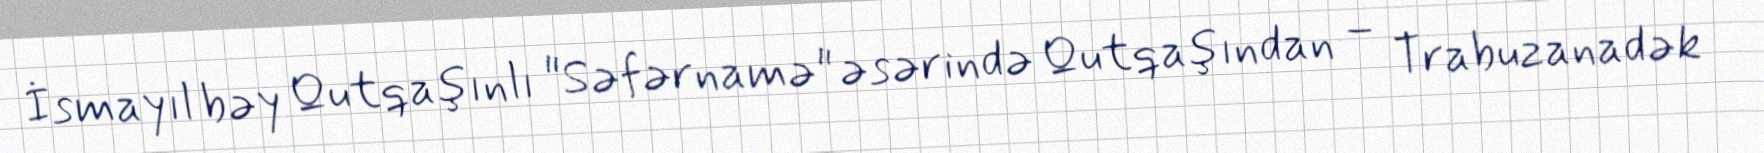
İsmayıl bəy Qutqaşınlı "Səfərnamə" əsərində Qutqaşından – Trabuzanadək